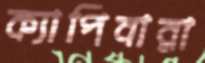
ক্যাপিবারা